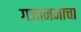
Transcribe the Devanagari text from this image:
गजाननाचा